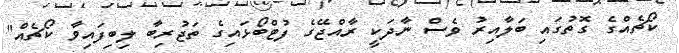
ކޯޗެއްގެ ގޮތުގައި ބަލާއިރު ވެސް ނާދަކީ ރާއްޖޭގެ ފުޓްބޯޅައިގެ ތަޖުރިބާ ލިބިފައިވާ ކޯޗެއް"